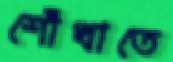
শোঁখাতে